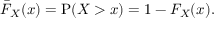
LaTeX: { \bar { F } } _ { X } ( x ) = \operatorname { P } ( X > x ) = 1 - F _ { X } ( x ) .